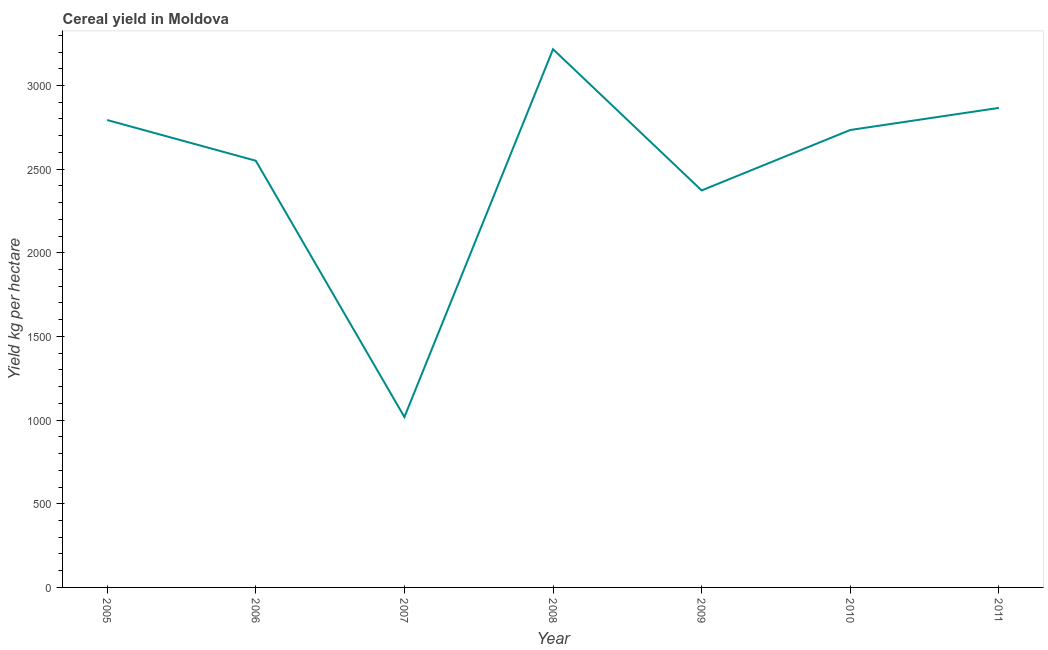
| Year | Cereal yield |
 | --- | --- |
 | 2005 | 2.79e+03 |
 | 2006 | 2.55e+03 |
 | 2007 | 1.02e+03 |
 | 2008 | 3.22e+03 |
 | 2009 | 2.37e+03 |
 | 2010 | 2.73e+03 |
 | 2011 | 2.87e+03 |